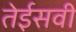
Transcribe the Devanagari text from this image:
तेईसवी